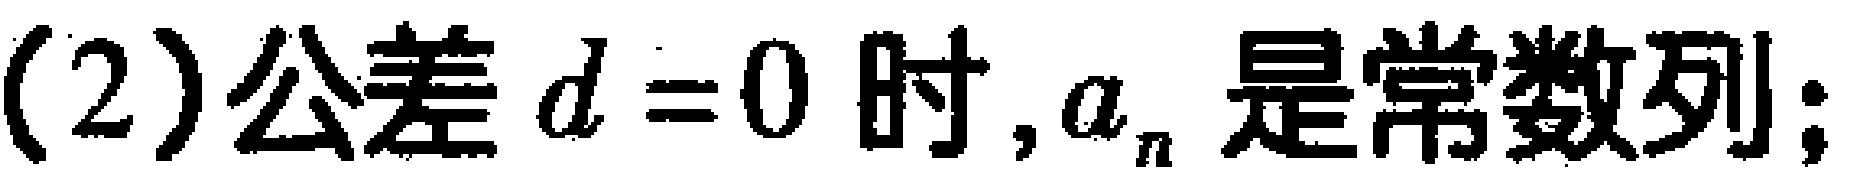
(2)公差 \(d = 0\) 时, \(a_{n}\) 是常数列;